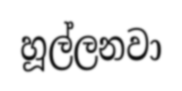
හූල්ලනවා